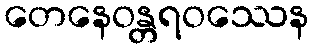
တေနေဝန္တရဝဿေန